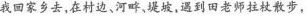
我回家乡去，在村边、河畔，堤坡，遇到田老师拄杖散步，